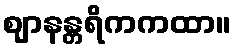
ဈာနန္တရိကကထာ။